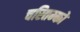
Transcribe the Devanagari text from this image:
चरितम्को